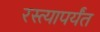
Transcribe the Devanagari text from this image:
रस्त्यापर्यंत